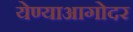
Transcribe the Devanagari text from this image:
येण्याआगोदर